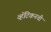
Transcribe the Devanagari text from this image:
व्हॅटिकनची